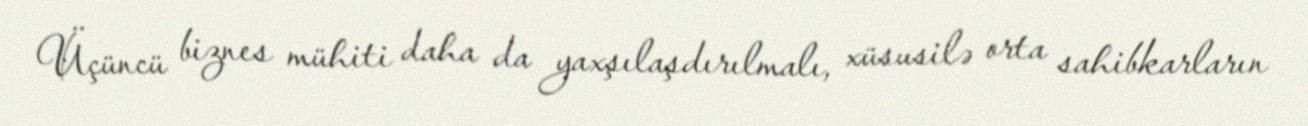
Üçüncü biznes mühiti daha da yaxşılaşdırılmalı, xüsusilə orta sahibkarların